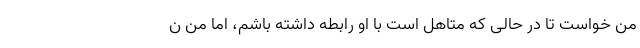
من خواست تا در حالی که متاهل است با او رابطه داشته باشم، اما من ن